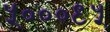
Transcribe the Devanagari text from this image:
५०००९५